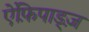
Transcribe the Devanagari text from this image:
ऐंफ़िपाड्ज़